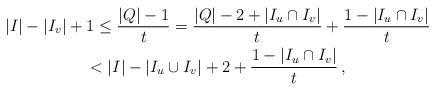
LaTeX: \begin{gather*}|I| - |I_v| + 1 \le \frac{|Q|-1}{t} = \frac{|Q| - 2 + |I_u \cap I_v|}{t} + \frac{1 - |I_u \cap I_v|}{t} \\< |I| - |I_u \cup I_v| + 2 + \frac{1 - |I_u \cap I_v|}{t} \,,\end{gather*}